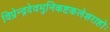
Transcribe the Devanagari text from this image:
विप्रेन्द्रदेवमुनिकष्टकलेशराहोः